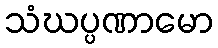
သံဃပ္ပဏာမော